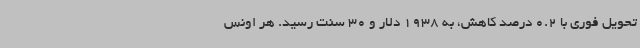
تحویل فوری با 0.2 درصد کاهش، به 1938 دلار و 30 سنت رسید. هر اونس